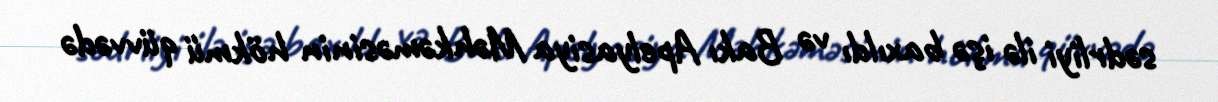
sədrliyi ilə işə baxıldı və Bakı Apelyasiya Məhkəməsinin hökmü qüvvədə